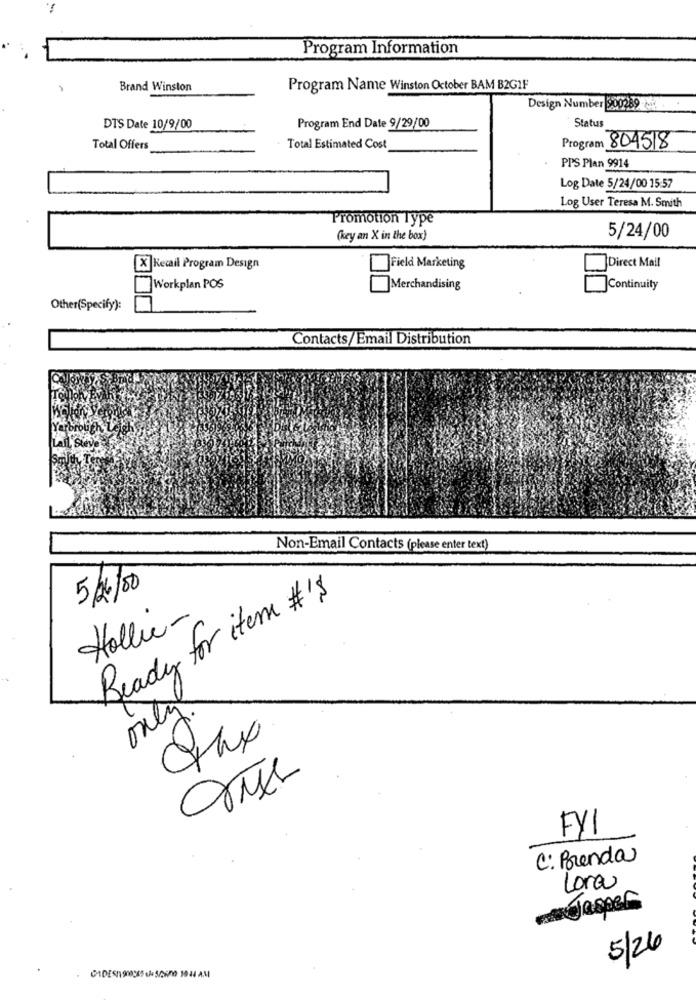
Program Information
Brand Winston
Program Name Winston October BAM B2GIF
Design Number 900289 M2.
Status
DTS Date 10/9/00
Program End Date 9/29/00
Total Offers
Total Estimated Cost
Program 804518
PPS Plan 9914
Log Date 5/24/00 15:57
Log User Teresa M. Smith
Promotion Type
(key an X in the box)
5/24/00
[X] Kecail Program Design
Field Marketing
]Direct Mail
Workplan POS
Merchandising
]Continuity
Other(Specify):
Contacts/Email Distribution
Lall, Steve
Non-Email Contacts (please enter text)
5/6/00
Ready for item # 18
Hollie-
only
3
FYI
C: Brenda
Lora
Jesper
5/24